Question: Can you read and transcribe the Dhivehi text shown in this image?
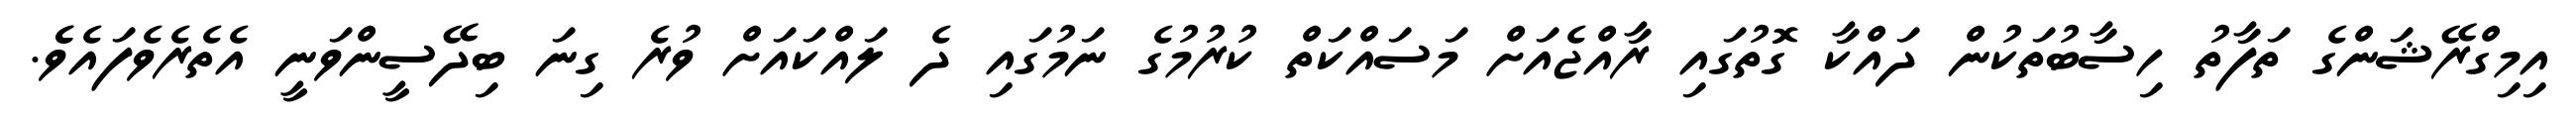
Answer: އިމިގްރޭޝަންގެ ތަފާތު ހިސާބުތަކުން ދައްކާ ގޮތުގައި ރާއްޖެއަށް މަސައްކަތް ކުރުމުގެ ނަމުގައި ދެ ލައްކައަށް ވުރެ ގިނަ ބިދޭސީންވަނީ އެތެރެވެފައެވެެ.